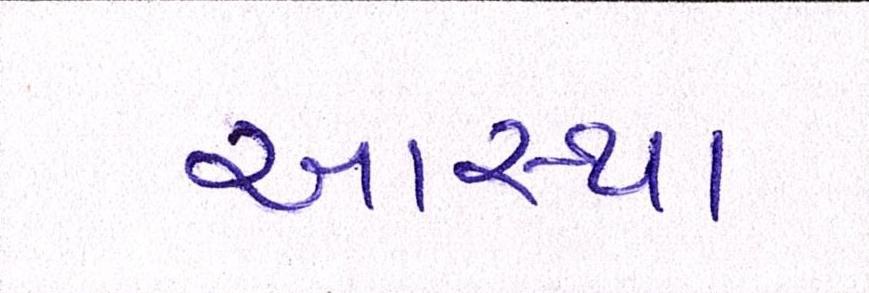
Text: આસ્થા